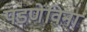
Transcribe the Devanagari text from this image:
पडणेविना